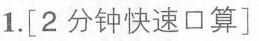
1.[2分钟快速口算]